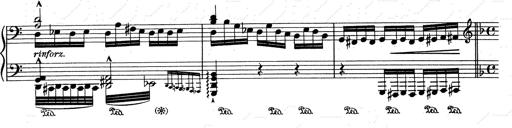
Title: RÃ©miniscences de Don Juan
Composer: Franz Liszt